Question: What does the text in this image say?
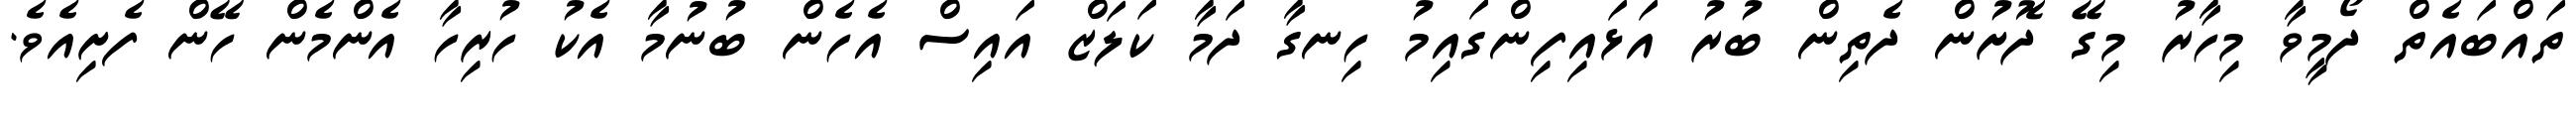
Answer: ތައްބައެތް ދޯމީވާ މިހާރު މިގޭ ދޮށުން ދެތިން ބުރު އަޅައިފިންގައިމު ހިނގާ ދަމާ ކަލަޒް އައިސް އެހެން ބުނުމާ އެކު ހުރިހާ އެންމެން ހޭން ފެށިއެވެ.